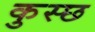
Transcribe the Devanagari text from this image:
कुस्छ